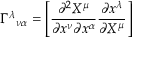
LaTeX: \Gamma ^ { \lambda } { } _ { \nu \alpha } = \left[ { \frac { \partial ^ { 2 } X ^ { \mu } } { \partial x ^ { \nu } \partial x ^ { \alpha } } } { \frac { \partial x ^ { \lambda } } { \partial X ^ { \mu } } } \right]